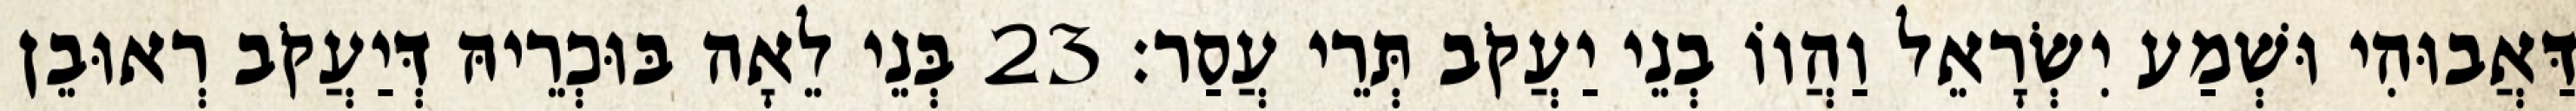
דַּאֲבוּהִי וּשְׁמַע יִשְׂרָאֵל וַהֲווֹ בְנֵי יַעֲקֹב תְּרֵי עֲסַר׃ 23 בְּנֵי לֵאָה בּוּכְרֵיהּ דְּיַעֲקֹב רְאוּבֵן